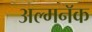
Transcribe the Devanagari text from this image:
अल्मनॅक